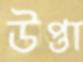
উপ্তা